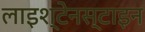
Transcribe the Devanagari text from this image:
लाइश्टेनस्टाइन